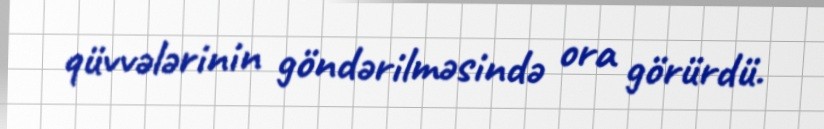
qüvvələrinin göndərilməsində ora görürdü.